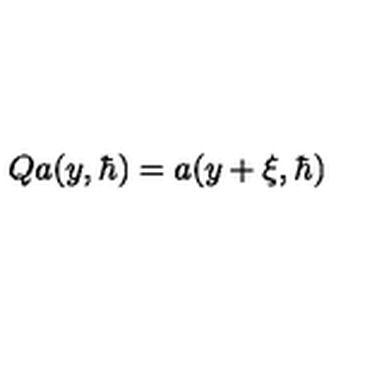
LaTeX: Q a ( y , { \hbar } ) = a ( y + \xi , \hbar )